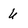
Character: 6